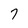
Character: 7